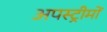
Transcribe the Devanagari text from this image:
अपस्ट्रीमों